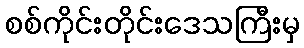
စစ်ကိုင်းတိုင်းဒေသကြီးမှ